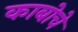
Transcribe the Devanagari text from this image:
काबोचे